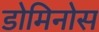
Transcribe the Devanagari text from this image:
डोमिनोस